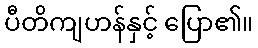
ပီတိကျဟန်နှင့် ပြော၏။